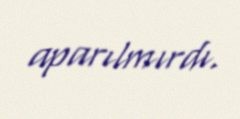
aparılmırdı.